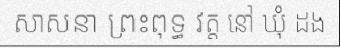
សាសនា ព្រះពុទ្ធ វត្ត នៅ ឃុំ ដង